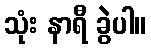
သုံး နာရီ ခွဲပါ။